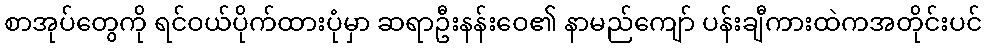
စာအုပ်တွေကို ရင်ဝယ်ပိုက်ထားပုံမှာ ဆရာဦးနန်းဝေ၏ နာမည်ကျော် ပန်းချီကားထဲကအတိုင်းပင်